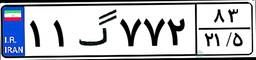
۱۱گ۷۷۲۸۳